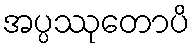
အပ္ပဿုတောပိ